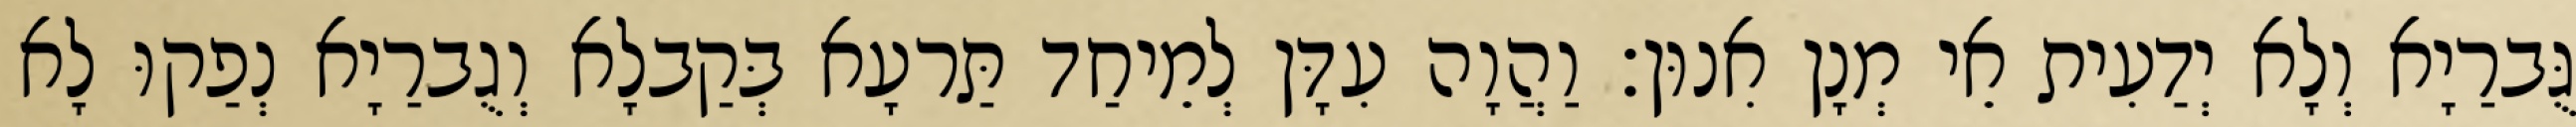
גֻּברַיָא וְלָא יְדַעִית אֵי מְנָן אִנוּן׃ וַהֲוָה עִדָּן לְמֵיחַד תַּרעָא בְּקַבלָא וְגֻברַיָא נְפַקוּ לָא